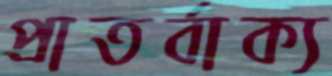
প্রাতর্বাক্য